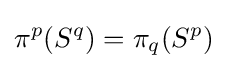
\pi ^{p}(S^{q})=\pi _{q}(S^{p})